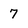
Character: 7